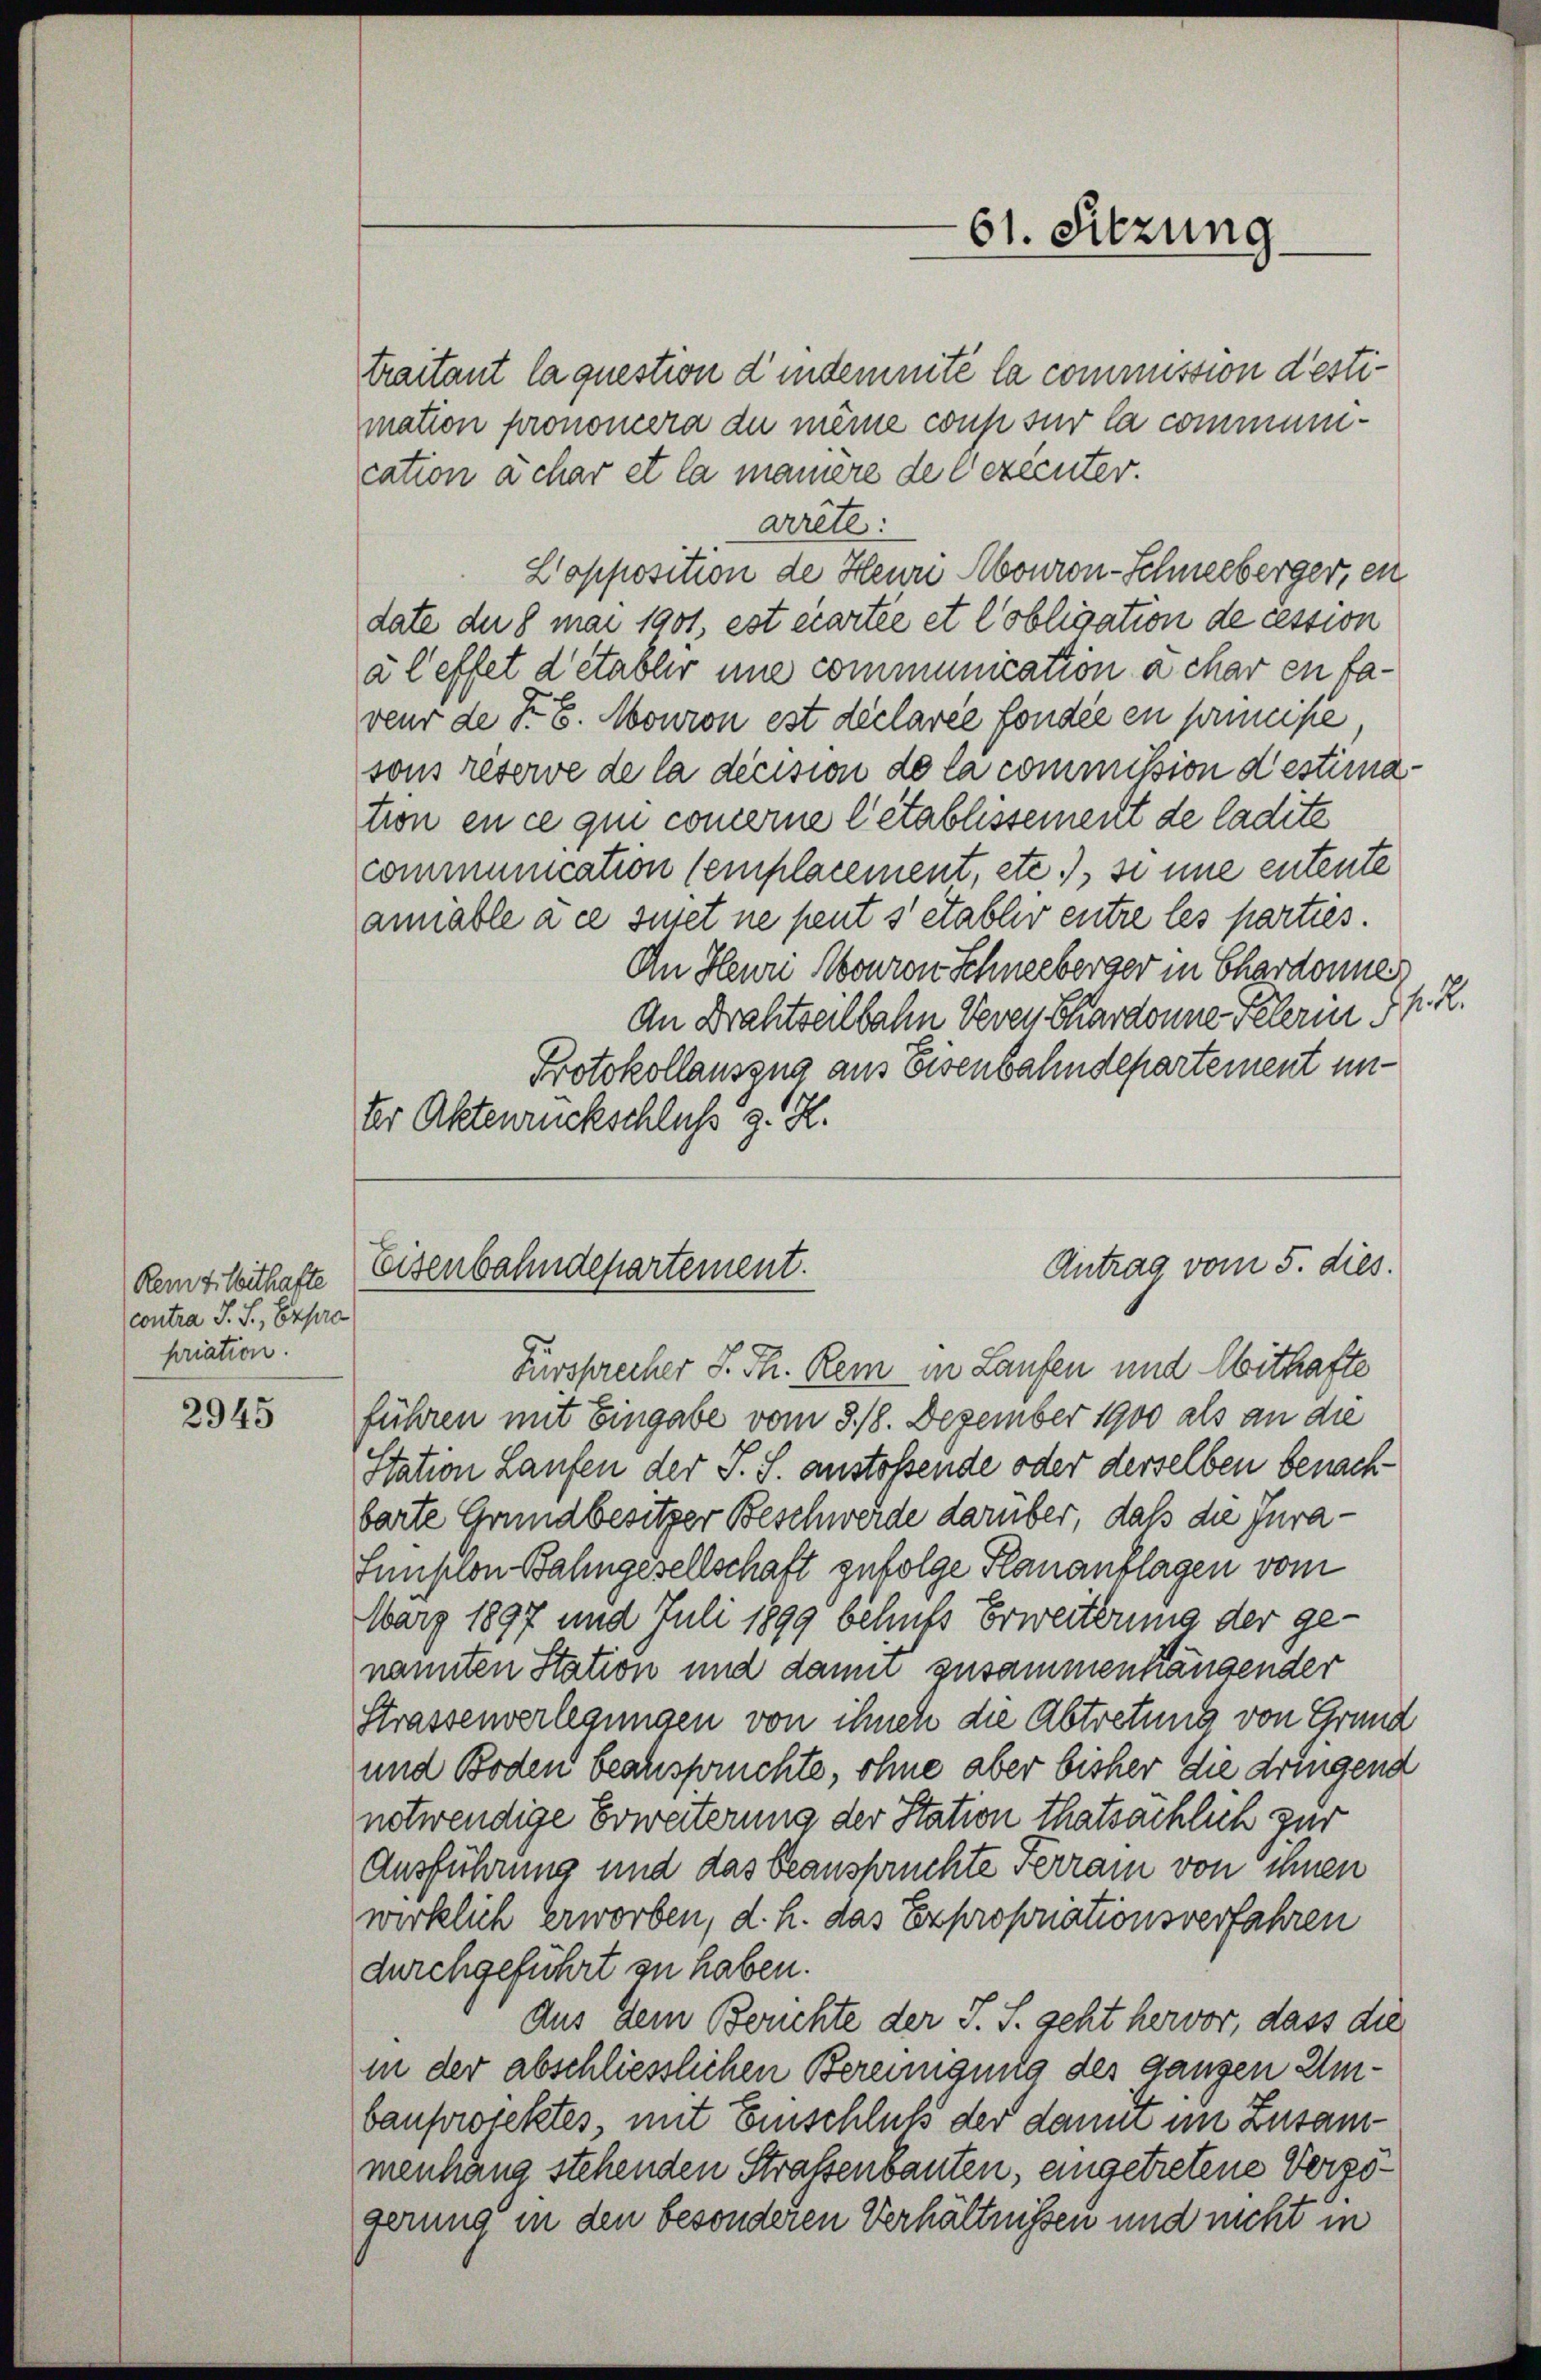
Rem titoithafte
contra S. S. Expera
priation.

2945

mation pronomera du meine coup sur la communication ächar et la maniere de Vereinter.

traitant laquestion d’indemnité la commission destiarrête:
Lopposition de Heuri Abouron-Schneeberger, ein
date der 8 mai 1901, est écartie et Cobligation de cession
à l effet d’établir une communication a char en taveur de Fr. 6. Mouron est declarée fonder en principe
sons reserve de la décision de la commission destimation en ce qui comerine l’établissement de ladite
communication semplacement, etc.), si une entente
anable à ce sutet ne peut s etablir entre les parties.
An Heuri Nouron Schneeberger in Chardonne
An Drahtseilbahn Veren Chardonne Pelerin K. R.
Protokollauszug aus Eisenbahndepartement unter Aktenrückschluß d. R.
Fürsprecher S. Th. Rein in Laufen und Mithafte
führen mit Eingabe vom 8. 18. Dezember 1900 als an die
Station Laufen der S. S. anstoßende oder derselben benachbarte Grundbesitzer Beschwerde darüber, daß die Jura¬
Sunstlon Bahngesellschaft zufolge Plananflagen vom
März 1897 und Juli 1899 behufs Erweiterung der ge-
nannten Station und dann zusammenhängender
Strassenverlegungen von ihnen die Abtretung von Grund
und Boden beanspruchte, ohne aber bisher die dringend
notwendige Erweiterung der Station thatsächlich zur
Ausführung und das beanspruchte Ferrain von ihnen
wirklich erworben, d. h. das Exproporationsverfahren
durchgeführt zu haben.
Aus dem Berichte der S. S. geht hervor, dass die
in der abschliesslichen Bereinigung des ganzen Umbauswiektes, mit Einschluß der damit im Zusam
menhang stehenden Strassenbauten, eingetretene Vergogerung in den besonderen Verhältnissen und nicht in

61. Sitzung

Antrag vom 5. dies
Eisenbahndepartement.